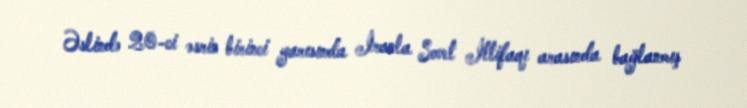
Əslində 20-ci əsrin birinci yarısında İranla Sovet İttifaqı arasında bağlanmış